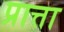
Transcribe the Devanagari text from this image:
प्रात्ता